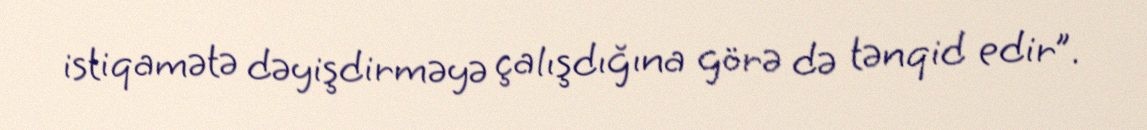
istiqamətə dəyişdirməyə çalışdığına görə də tənqid edir”.